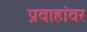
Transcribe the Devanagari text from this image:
प्रवाहांवर